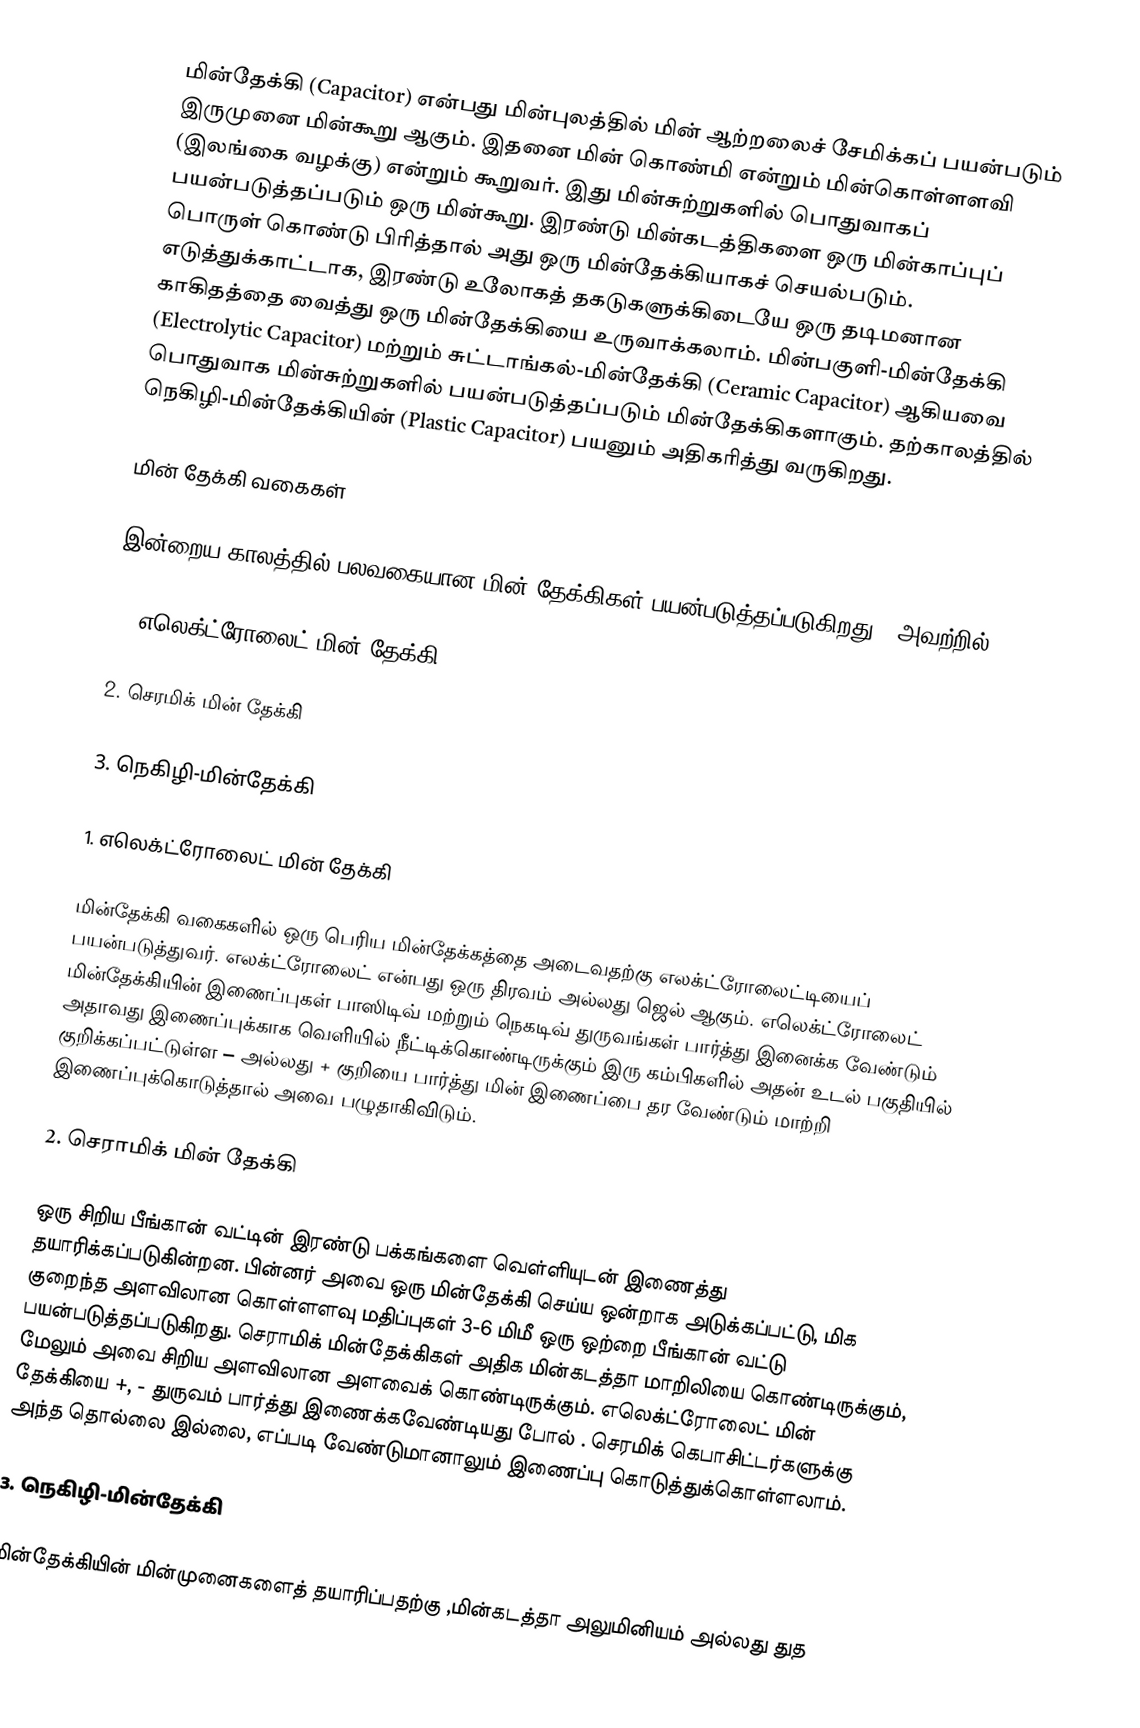
மின்தேக்கி (Capacitor) என்பது மின்புலத்தில் மின் ஆற்றலைச் சேமிக்கப் பயன்படும் இருமுனை மின்கூறு ஆகும். இதனை மின் கொண்மி என்றும் மின்கொள்ளளவி (இலங்கை வழக்கு) என்றும் கூறுவர். இது மின்சுற்றுகளில் பொதுவாகப் பயன்படுத்தப்படும் ஒரு மின்கூறு. இரண்டு மின்கடத்திகளை ஒரு மின்காப்புப் பொருள் கொண்டு பிரித்தால் அது ஒரு மின்தேக்கியாகச் செயல்படும். எடுத்துக்காட்டாக, இரண்டு உலோகத் தகடுகளுக்கிடையே ஒரு தடிமனான காகிதத்தை வைத்து ஒரு மின்தேக்கியை உருவாக்கலாம். மின்பகுளி-மின்தேக்கி (Electrolytic Capacitor) மற்றும் சுட்டாங்கல்-மின்தேக்கி (Ceramic Capacitor) ஆகியவை பொதுவாக மின்சுற்றுகளில் பயன்படுத்தப்படும் மின்தேக்கிகளாகும். தற்காலத்தில் நெகிழி-மின்தேக்கியின் (Plastic Capacitor) பயனும் அதிகரித்து வருகிறது.

மின் தேக்கி வகைகள்

இன்றைய  காலத்தில்  பலவகையான  மின் தேக்கிகள்  பயன்படுத்தப்படுகிறது . அவற்றில்

1. எலெக்ட்ரோலைட் மின் தேக்கி

2. செரமிக் மின் தேக்கி

3. நெகிழி-மின்தேக்கி

1. எலெக்ட்ரோலைட் மின் தேக்கி

மின்தேக்கி வகைகளில்  ஒரு பெரிய மின்தேக்கத்தை அடைவதற்கு எலக்ட்ரோலைட்டியைப் பயன்படுத்துவர். எலக்ட்ரோலைட் என்பது ஒரு திரவம் அல்லது ஜெல் ஆகும்.  எலெக்ட்ரோலைட் மின்தேக்கியின்  இணைப்புகள் பாஸிடிவ் மற்றும் நெகடிவ் துருவங்கள் பார்த்து இனைக்க வேண்டும் அதாவது இணைப்புக்காக வெளியில் நீட்டிக்கொண்டிருக்கும் இரு கம்பிகளில் அதன் உடல் பகுதியில் குறிக்கப்பட்டுள்ள – அல்லது + குறியை பார்த்து மின் இணைப்பை தர வேண்டும் மாற்றி இணைப்புக்கொடுத்தால் அவை பழுதாகிவிடும்.

2.  செராமிக் மின் தேக்கி

ஒரு சிறிய பீங்கான் வட்டின் இரண்டு பக்கங்களை வெள்ளியுடன் இணைத்து தயாரிக்கப்படுகின்றன. பின்னர் அவை ஒரு மின்தேக்கி செய்ய ஒன்றாக அடுக்கப்பட்டு, மிக குறைந்த அளவிலான கொள்ளளவு மதிப்புகள் 3-6 மிமீ ஒரு ஒற்றை பீங்கான் வட்டு பயன்படுத்தப்படுகிறது. செராமிக் மின்தேக்கிகள் அதிக மின்கடத்தா மாறிலியை கொண்டிருக்கும், மேலும் அவை சிறிய அளவிலான  அளவைக் கொண்டிருக்கும்.     எலெக்ட்ரோலைட் மின் தேக்கியை    +, - துருவம் பார்த்து இணைக்கவேண்டியது  போல் . செரமிக் கெபாசிட்டர்களுக்கு அந்த தொல்லை இல்லை, எப்படி வேண்டுமானாலும்  இணைப்பு கொடுத்துக்கொள்ளலாம்.

3. நெகிழி-மின்தேக்கி

மின்தேக்கியின் மின்முனைகளைத் தயாரிப்பதற்கு ,மின்கடத்தா  அலுமினியம் அல்லது துத